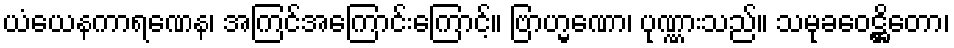
ယံယေနကာရဏေန၊ အကြင်အကြောင်းကြောင့်။ ဗြာဟ္မဏော၊ ပုဏ္ဏားသည်။ သမုခဝေဋ္ဌိတော၊